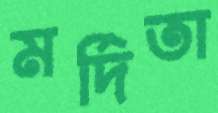
মর্দিতা